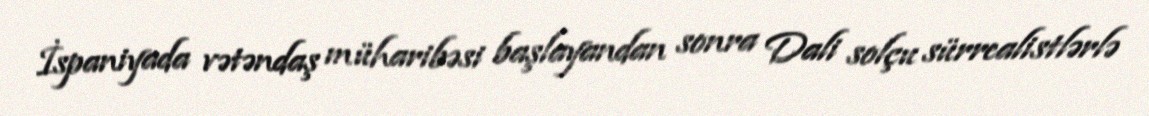
İspaniyada vətəndaş müharibəsi başlayandan sonra Dali solçu sürrealistlərlə